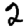
Digit: 2